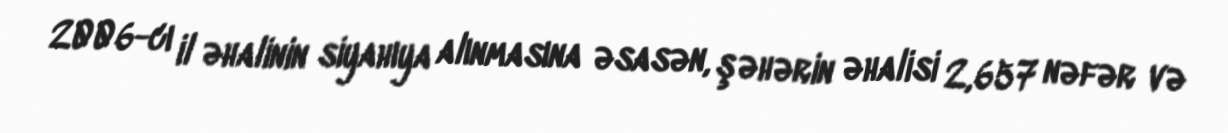
2006-cı il əhalinin siyahıya alınmasına əsasən, şəhərin əhalisi 2,657 nəfər və